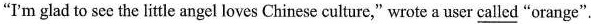
“I'm glad to see the little angel loves Chinese culture,"wrote a user \underline{called} “orange".